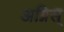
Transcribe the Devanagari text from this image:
अग्निस्